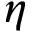
\eta